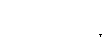
အခြေအနေ